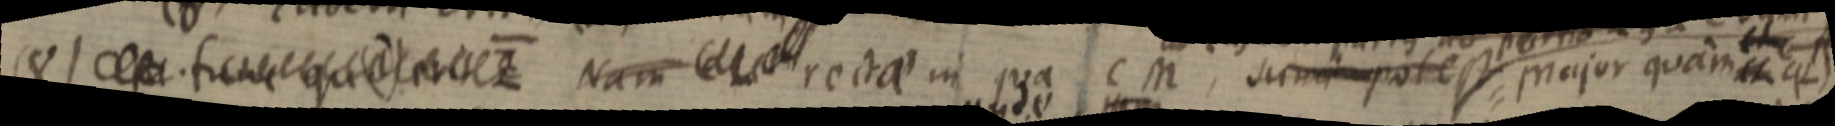
(8) _ tunc qu _ Nam _ rectae in qua C M, sumi potest major quam CL qL)